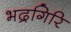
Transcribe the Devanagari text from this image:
भद्रगिरि